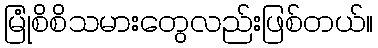
မြုံစိစိသမားတွေလည်းဖြစ်တယ်။